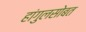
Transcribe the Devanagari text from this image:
हांगुलसोबत